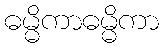
ဓမ္မိကာဓမ္မိကာ